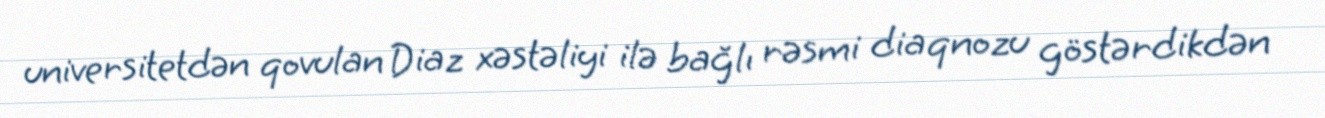
universitetdən qovulan Diaz xəstəliyi ilə bağlı rəsmi diaqnozu göstərdikdən